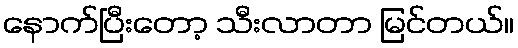
နောက်ပြီးတော့ သီးလာတာ မြင်တယ်။